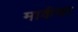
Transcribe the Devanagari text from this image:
मार्कचा